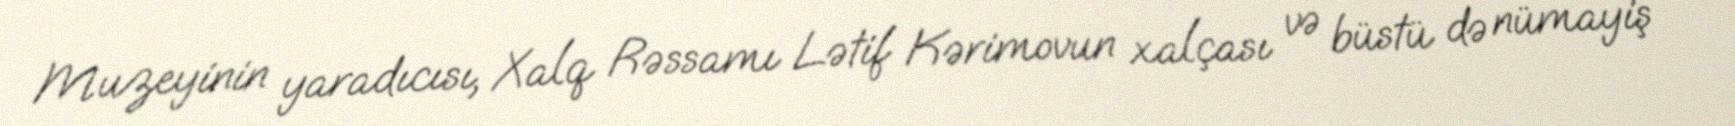
Muzeyinin yaradıcısı, Xalq Rəssamı Lətif Kərimovun xalçası və büstü də nümayiş